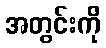
အတွင်းကို